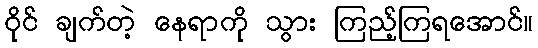
ဝိုင် ချက်တဲ့ နေရာကို သွား ကြည့်ကြရအောင်။